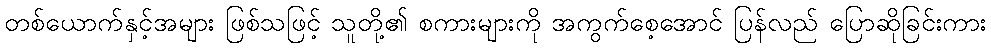
တစ်ယောက်နှင့်အများ ဖြစ်သဖြင့် သူတို့၏ စကားများကို အကွက်စေ့အောင် ပြန်လည် ပြောဆိုခြင်းကား